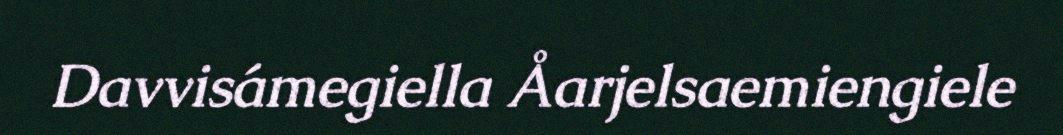
Davvisámegiella Åarjelsaemiengiele